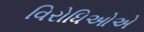
વિરોધિઓએ